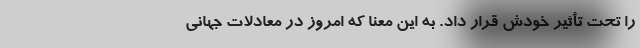
را تحت تأثیر خودش قرار داد. به این معنا که امروز در معادلات جهانی